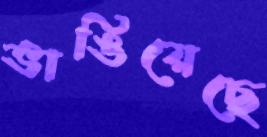
ভাঙিয়েছে